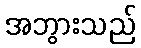
အဘွားသည်